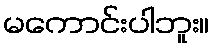
မကောင်းပါဘူး။